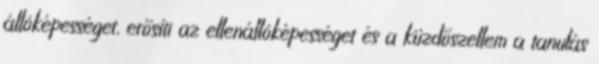
állóképességet, erősíti az ellenállóképességet és a küzdőszellem a tanulás